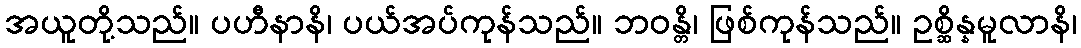
အယူတို့သည်။ ပဟီနာနိ၊ ပယ်အပ်ကုန်သည်။ ဘဝန္တိ၊ ဖြစ်ကုန်သည်။ ဥစ္ဆိန္နမူလာနိ၊